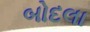
બોદલા